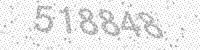
Solution: 518848